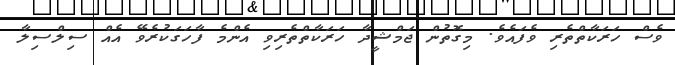
ވެސް ހަރަކާތްތެރި ވެފައެވެ. މިގޮތުން ޖަމްޝީދާ ހަރަކާތްތެރިވި އެންމެ ފާހަގަކުރެވޭ އެއް ސިލްސިލާ